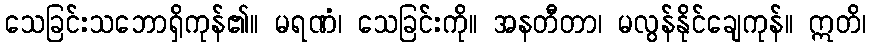
သေခြင်းသဘောရှိကုန်၏။ မရဏံ၊ သေခြင်းကို။ အနတီတာ၊ မလွန်နိုင်ချေကုန်။ ဣတိ၊